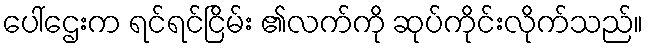
ပေါ်ဌေးက ရင်ရင်ငြိမ်း ၏လက်ကို ဆုပ်ကိုင်းလိုက်သည်။